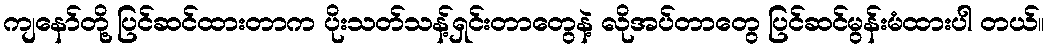
ကျနော်တို့ ပြင်ဆင်ထားတာက ပိုးသတ်သန့်ရှင်းတာတွေနဲ့ လိုအပ်တာတွေ ပြင်ဆင်မွန်းမံထားပါ တယ်။